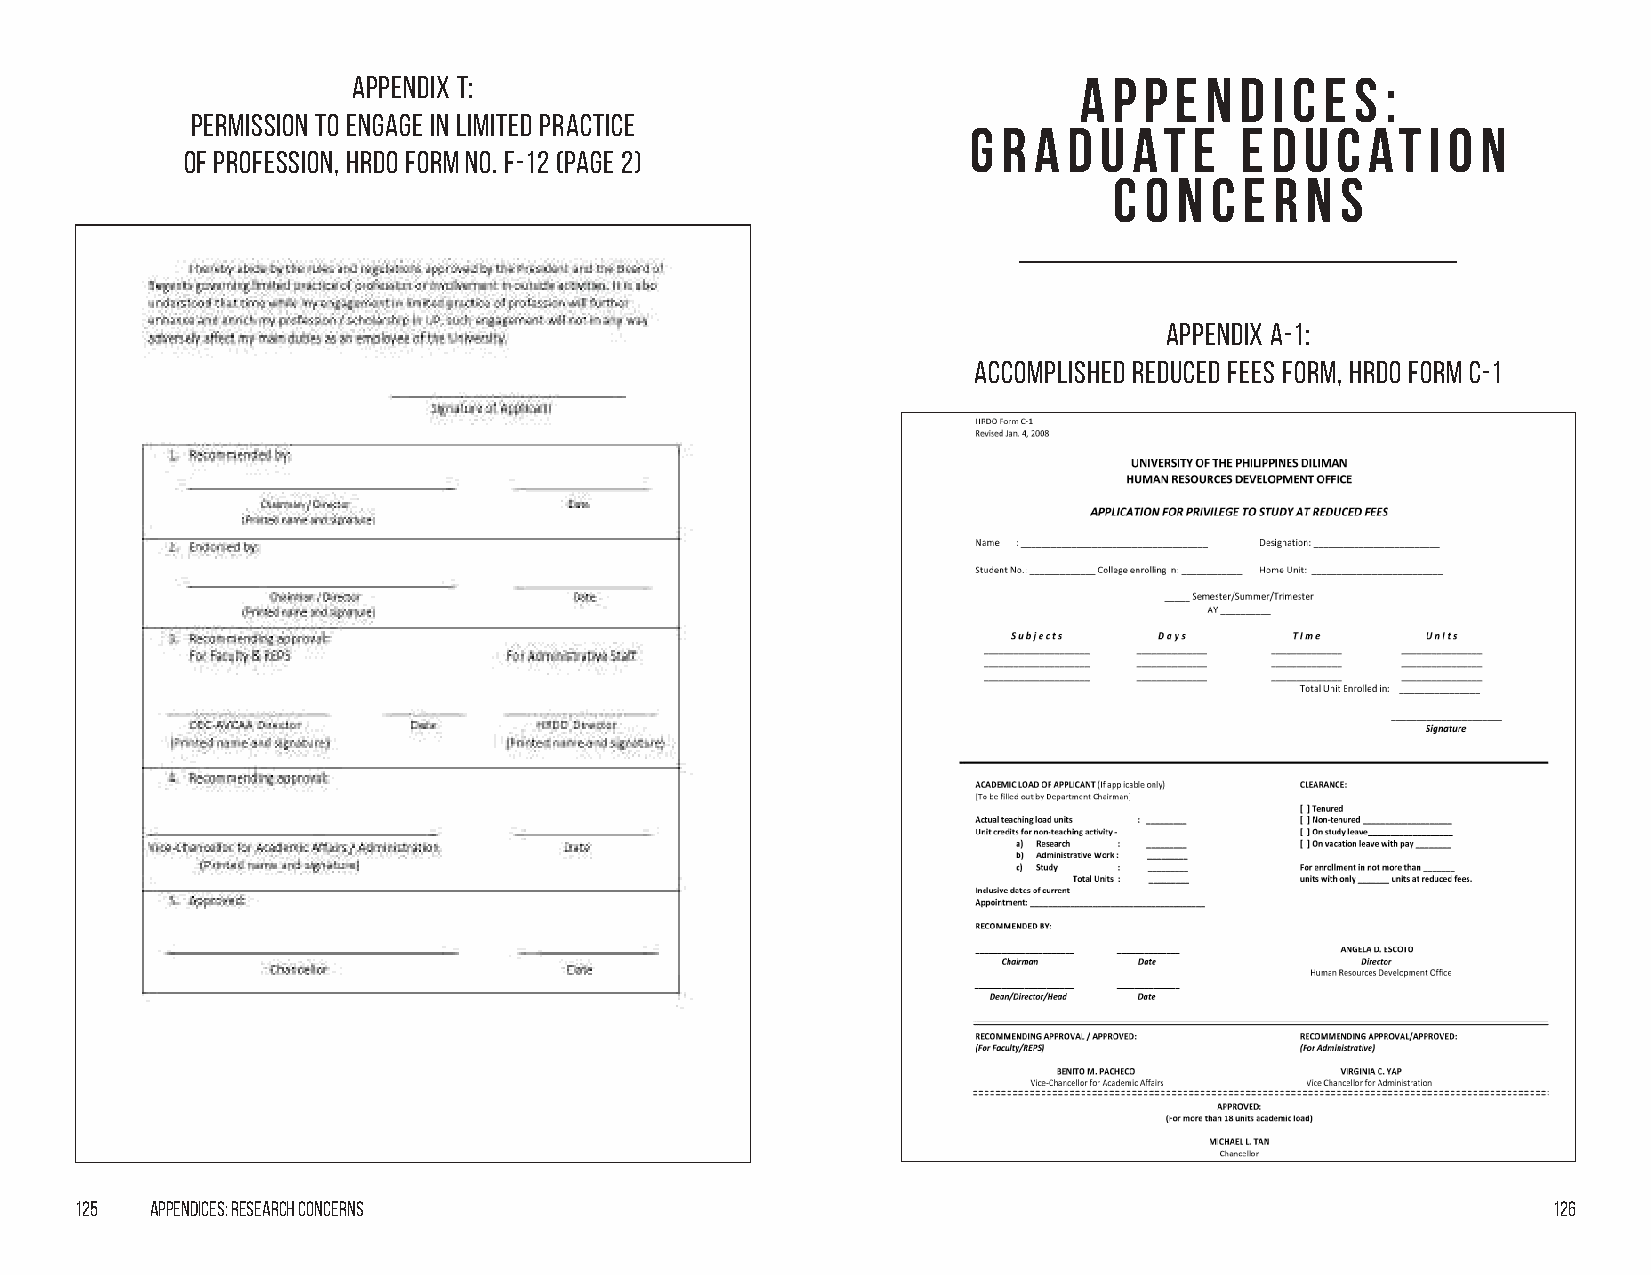
Appendix t:                                     A  p p e n d i c e s :
 Permission to Engage in Limited Practice
 G r a  d u at  e  E d u c  at  i o n
 of Profession, HRDO Form No. F-12 (Page 2)
 C o n c e r n  s
 Appendix A-1:
 Accomplished Reduced Fees form, HRDO Form C-1
 125  Appendices: Research Concerns                                                                126